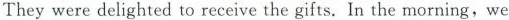
They were delighted to receive the gifts. In the morning,we